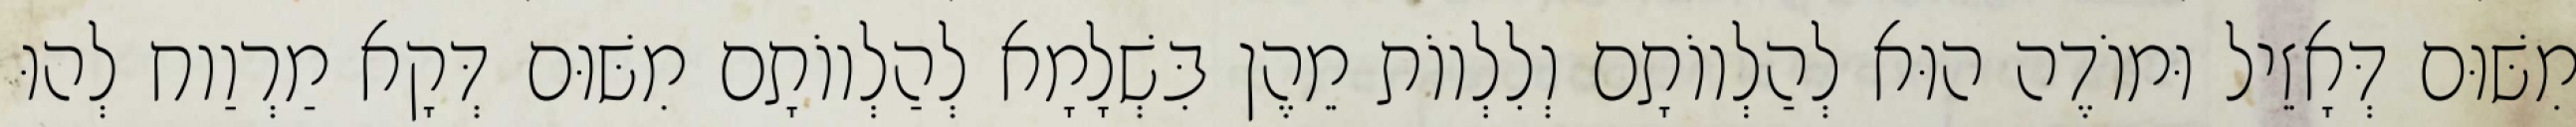
מִשּׁוּם דְּאָזֵיל וּמוֹדֶה הוּא לְהַלְווֹתָם וְלִלְווֹת מֵהֶן בִּשְׁלָמָא לְהַלְווֹתָם מִשּׁוּם דְּקָא מַרְוַוח לְהוּ